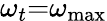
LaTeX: {\omega_{t}}\mathrm{{=}}{\omega_{\operatorname*{max}}}